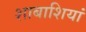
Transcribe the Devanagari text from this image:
शाबाशियां